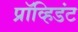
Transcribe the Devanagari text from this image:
प्रॉव्हिडंट